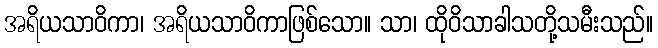
အရိယသာဝိကာ၊ အရိယသာဝိကာဖြစ်သော။ သာ၊ ထိုဝိသာခါသတို့သမီးသည်။